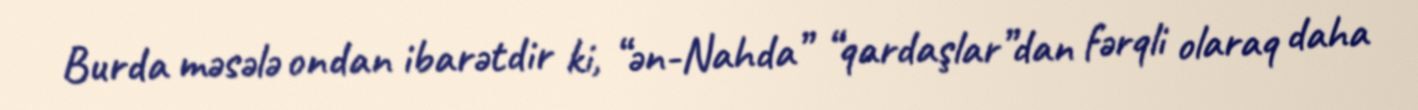
Burda məsələ ondan ibarətdir ki, “ən-Nahda” “qardaşlar”dan fərqli olaraq daha